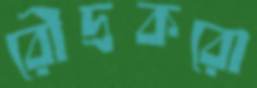
রৌদ্রকরো